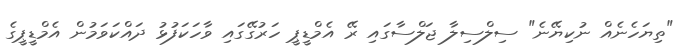
"ތިޔަހެނެއް ނުކިޔޭނެ" ސިލްސިލާ ޖަލްސާގައި ރޭ އެމްޑީޕީ ހަރުގޭގައި ވާހަކަފުޅު ދައްކަވަމުން އެމްޑީޕީގެ